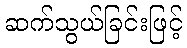
ဆက်သွယ်ခြင်းဖြင့်